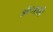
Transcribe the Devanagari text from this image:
अंतःशक्ती